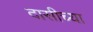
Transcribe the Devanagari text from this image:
दासीच्या